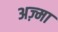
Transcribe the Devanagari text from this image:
अज़्मा